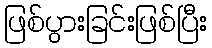
ဖြစ်ပွားခြင်းဖြစ်ပြီး